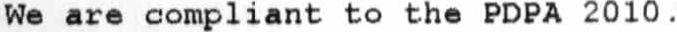
WE ARE COMPLIANT TO THE PDPA 2010 .